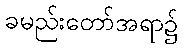
ခမည်းတော်အရာ၌